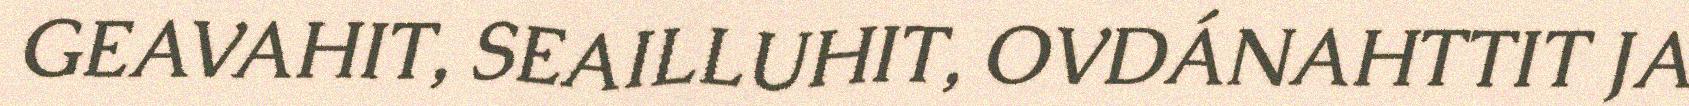
GEAVAHIT, SEAILLUHIT, OVDÁNAHTTIT JA